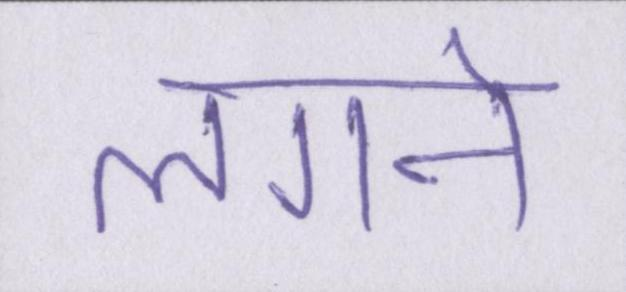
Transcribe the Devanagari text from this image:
लगने